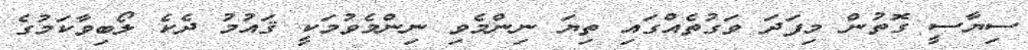
ސިޔާސީ ގޮތުން މިފަދަ ވަގުތެއްގައި ތިޔަ ނިންމެވި ނިންމެވުމަކީ ޤައުމު ދެކެ ލޯބިވާކަމުގެ